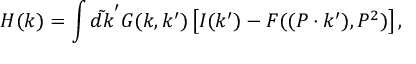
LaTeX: { \cal H } ( k ) = \int \tilde { d k } ^ { \prime } G ( k , k ^ { \prime } ) \left[ I ( k ^ { \prime } ) - F ( ( P \cdot k ^ { \prime } ) , P ^ { 2 } ) \right] ,